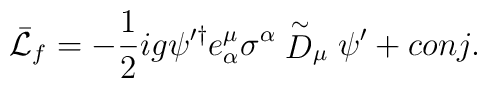
\bar{\cal L}_f = - {1 \over 2} ig \psi^{\prime \dagger} e_{\alpha}^{\mu}\sigma^{\alpha} \stackrel{\sim}{D}_{\mu} \psi^{\prime} + conj.